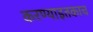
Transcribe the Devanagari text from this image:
करण्याइतकाच